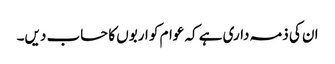
ان کی ذمہ داری ہے کہ عوام کو اربوں کا حساب دیں۔